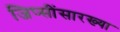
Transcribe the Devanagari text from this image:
जिप्सींसारख्या